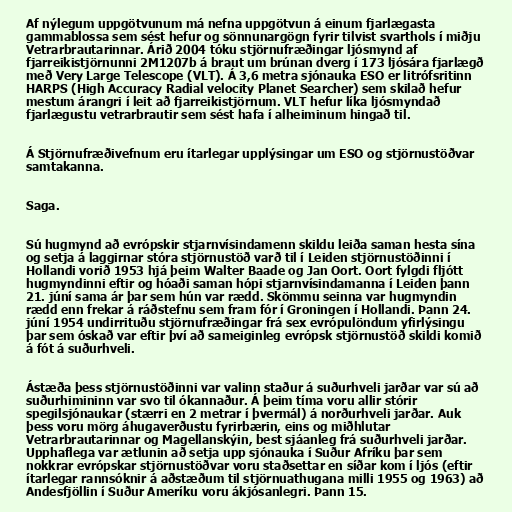
Af nýlegum uppgötvunum má nefna uppgötvun á einum fjarlægasta
gammablossa sem sést hefur og sönnunargögn fyrir tilvist svarthols í miðju
Vetrarbrautarinnar. Árið 2004 tóku stjörnufræðingar ljósmynd af
fjarreikistjörnunni 2M1207b á braut um brúnan dverg í 173 ljósára fjarlægð
með Very Large Telescope (VLT). Á 3,6 metra sjónauka ESO er litrófsritinn
HARPS (High Accuracy Radial velocity Planet Searcher) sem skilað hefur
mestum árangri í leit að fjarreikistjörnum. VLT hefur líka ljósmyndað
fjarlægustu vetrarbrautir sem sést hafa í alheiminum hingað til.

Á Stjörnufræðivefnum eru ítarlegar upplýsingar um ESO og stjörnustöðvar
samtakanna.

Saga.

Sú hugmynd að evrópskir stjarnvísindamenn skildu leiða saman hesta sína
og setja á laggirnar stóra stjörnustöð varð til í Leiden stjörnustöðinni í
Hollandi vorið 1953 hjá þeim Walter Baade og Jan Oort. Oort fylgdi fljótt
hugmyndinni eftir og hóaði saman hópi stjarnvísindamanna í Leiden þann
21. júní sama ár þar sem hún var rædd. Skömmu seinna var hugmyndin
rædd enn frekar á ráðstefnu sem fram fór í Groningen í Hollandi. Þann 24.
júní 1954 undirrituðu stjörnufræðingar frá sex evrópulöndum yfirlýsingu
þar sem óskað var eftir því að sameiginleg evrópsk stjörnustöð skildi komið
á fót á suðurhveli.

Ástæða þess stjörnustöðinni var valinn staður á suðurhveli jarðar var sú að
suðurhimininn var svo til ókannaður. Á þeim tíma voru allir stórir
spegilsjónaukar (stærri en 2 metrar í þvermál) á norðurhveli jarðar. Auk
þess voru mörg áhugaverðustu fyrirbærin, eins og miðhlutar
Vetrarbrautarinnar og Magellanskýin, best sjáanleg frá suðurhveli jarðar.
Upphaflega var ætlunin að setja upp sjónauka í Suður Afríku þar sem
nokkrar evrópskar stjörnustöðvar voru staðsettar en síðar kom í ljós (eftir
ítarlegar rannsóknir á aðstæðum til stjörnuathugana milli 1955 og 1963) að
Andesfjöllin í Suður Ameríku voru ákjósanlegri. Þann 15.